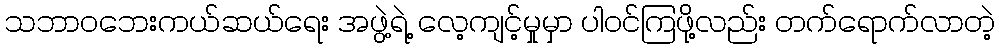
သဘာဝဘေးကယ်ဆယ်ရေး အဖွဲ့ရဲ့ လေ့ကျင့်မှုမှာ ပါဝင်ကြဖို့လည်း တက်ရောက်လာတဲ့